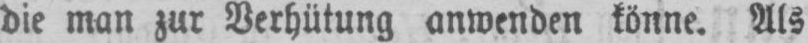
die man zur Verhütung anwenden könne. Als